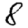
Digit: 8